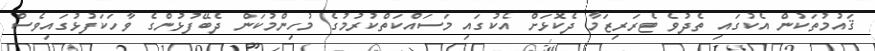
ޤައުމުތަކުން އެކުގައި ތެދުވެ ޓެރަރިޒަމާ ދެކޮޅަށް އެކުގައި މަސައްކަތްކުރުމުގެ މުހިންމުކަން ދެބޭފުޅުންގެ ވާހަކަފުޅުގައިވެސް